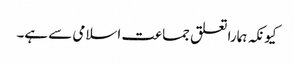
کیونکہ ہمارا تعلق جماعت اسلامی سے ہے۔